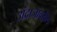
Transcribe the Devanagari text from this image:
अंदाजावरील